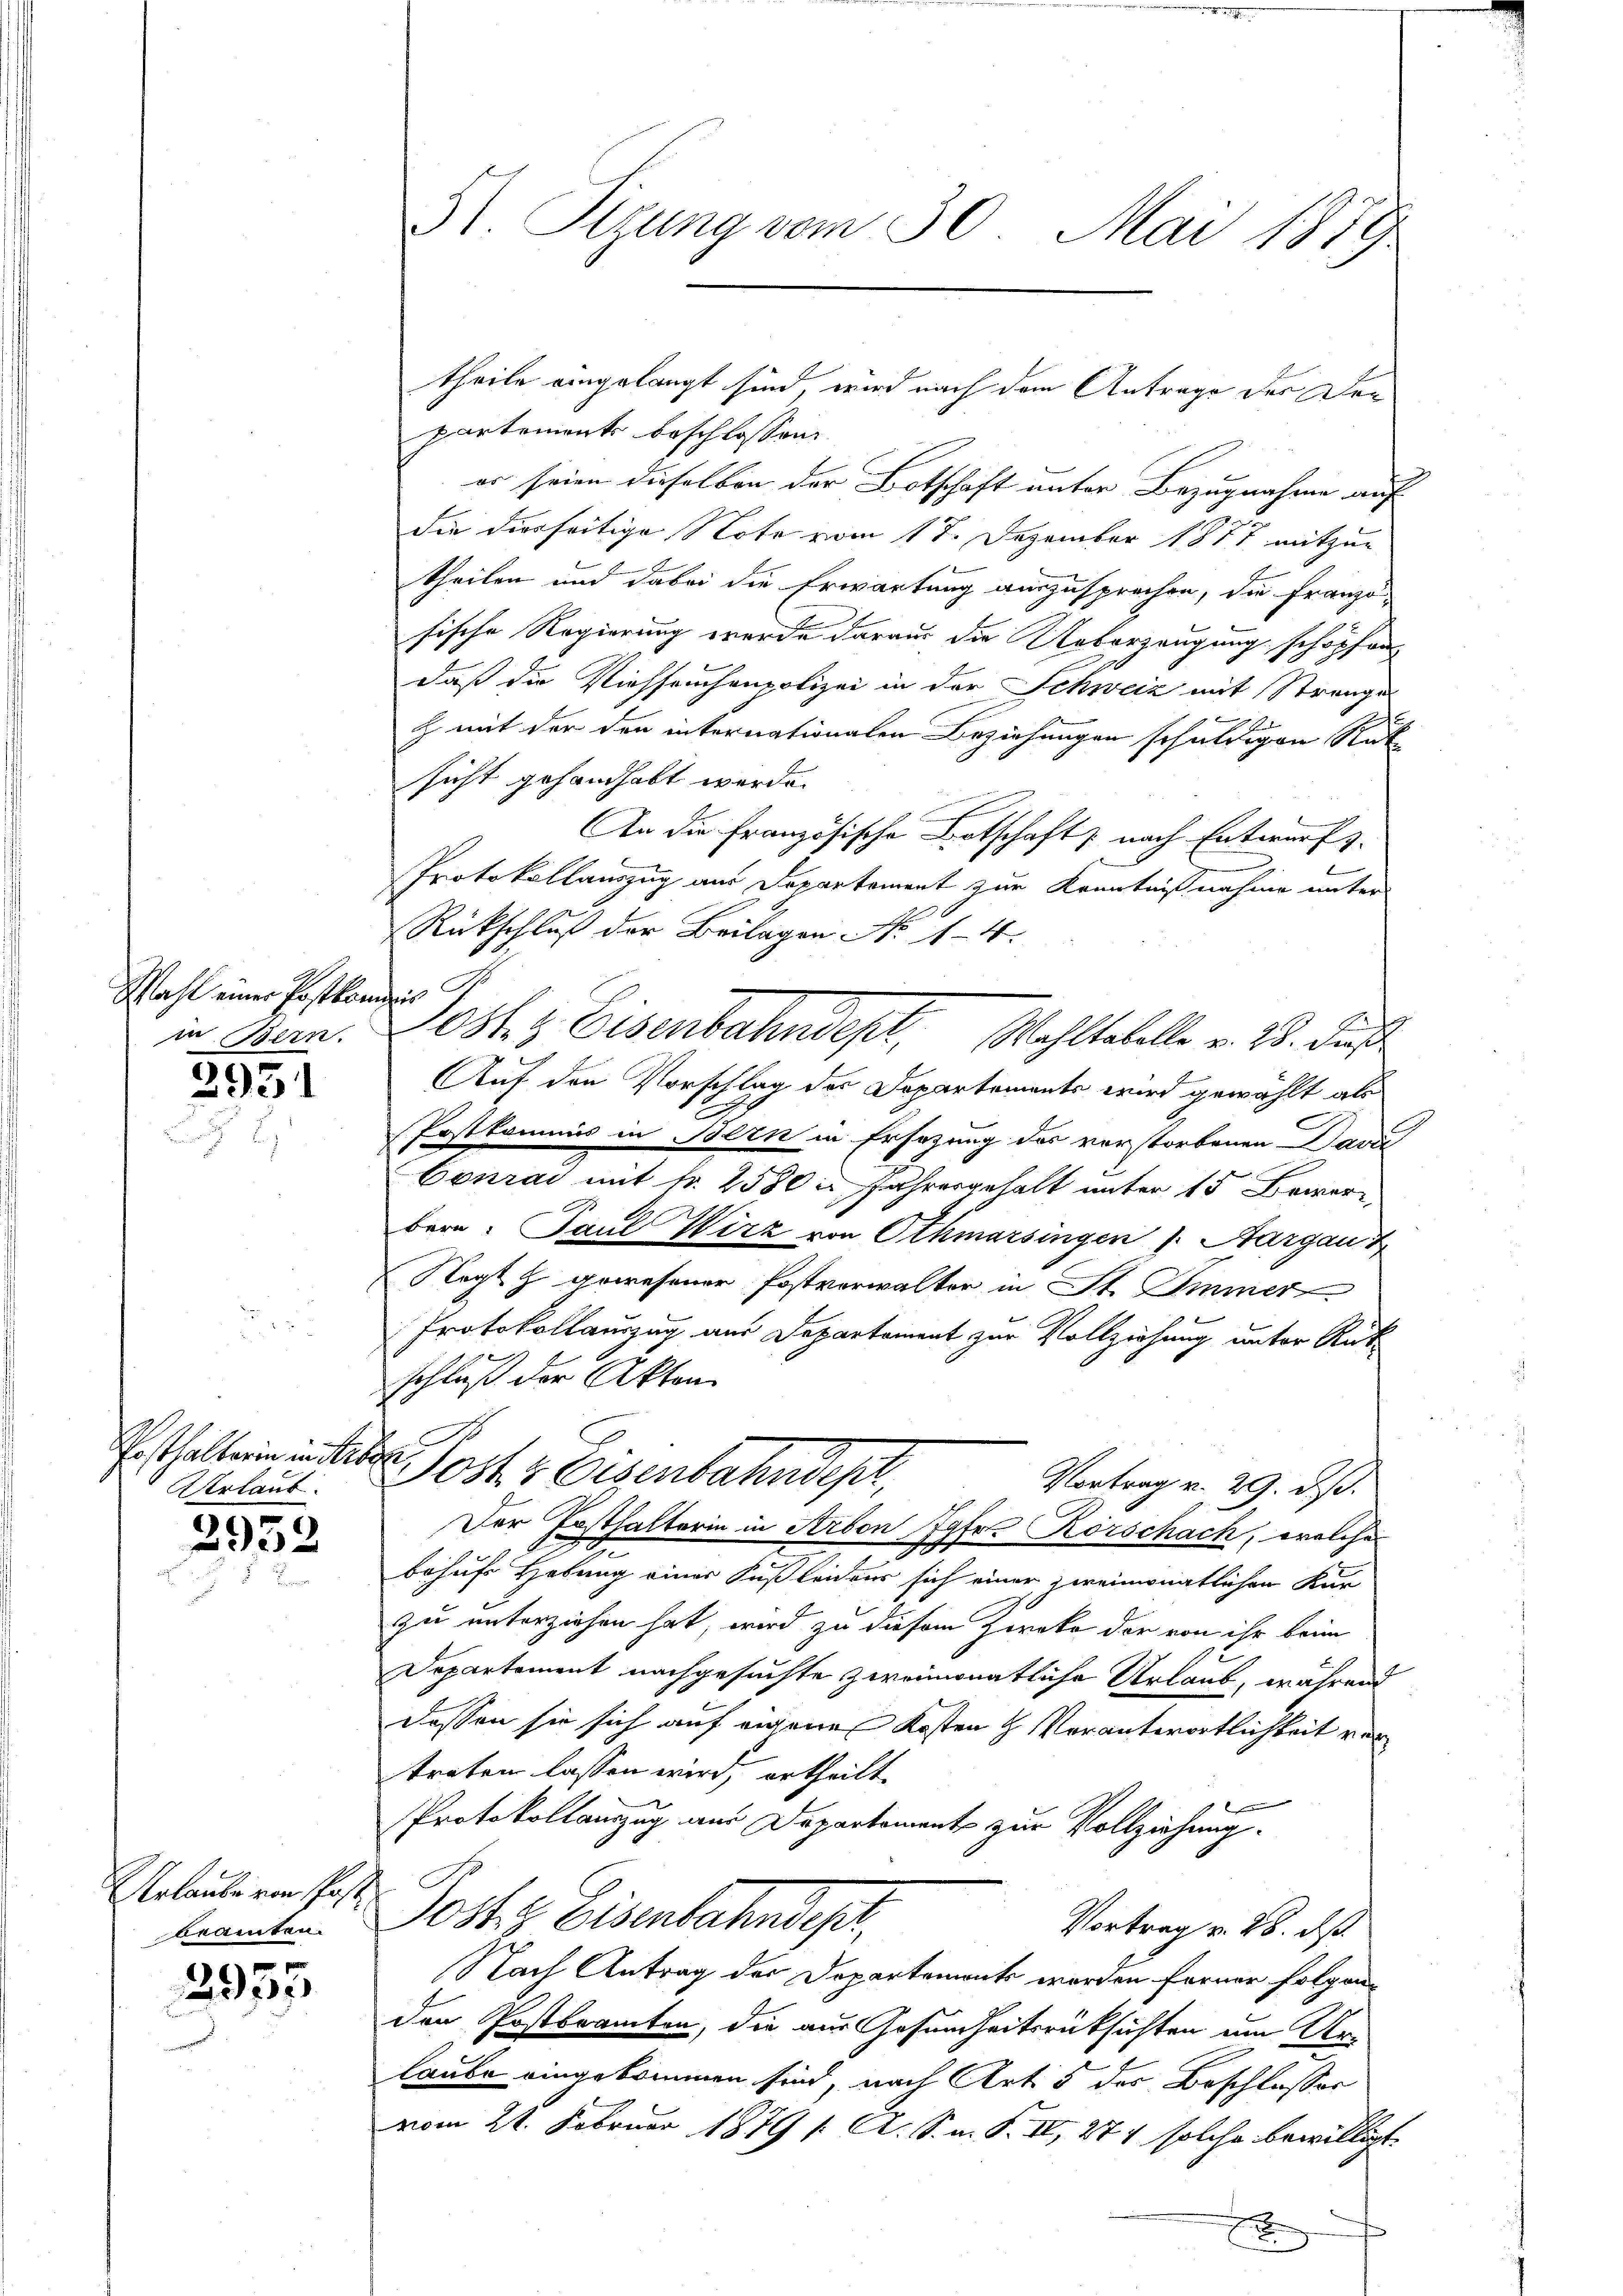
Wahl einer Postkanis
in Bern.

2951

Posthalterin in tre
Urlaut.

2952.

Urlaube von Post
beamten.

2955

St. Sizung vom 30. Mai 1879

partement beschlossen:
er seien dieselben der Botschaft unter Bezugnahme auf
die dierseitige Note vom 17. Dezember 1877 mitzun
theilen und dabei die Erwartung auszusprechen, die Französische Regierung wurde daraus die Ueberzeugung schöpfen
daß die Viehseuchenpolizei in der Schweiz mit Strange
h mit der den internationalen Beziehungen schuldigen Rük
sicht gehandhabt werde.
An die Französische Botschaft nach Entwurf z
f
Protokollauszug aus Departement zur Kenntnißnahme unter
Rückschluß der Beilagen No 1-4.
0st. & Eisenbahndept. Wohltabelle v. 25. Jun
Auf den Vorschlag des Departements wird gewählt als
Postkommis in Bern in Ersezung des verstorbenen Davi
Conrad mit fr. 2500 in Jahresgehalt unter 15 Bewer
bern. Paul Wirz von Othmarsingen s. Aargau Z
Negtz gewesener Postverwalter in St. Immer
Protokollauszug aus Departement zur Vollziehung unter Rüt
schluß der Akten
.
Jostr Eisenbahndept,
Vortrag v. 29. ds.
Der Posthalterin in Arbon Jgfr. Körschach, welche
.
behufs Hebung einer Fuß leidens sich einer zweimonatlichen Kur
zu unterziehen hat, wird zu diesem Zwecke der von ihr beim
Departement nachgesuchte zweimonatliche Urlaub, während
dessen sie sich auf eigene Kosten H. Verantwortlichkeit vertreten lassen wird, ertheilt.
Protokollauszug aus Departement zur Vollziehung.
Josts Eisenbahndept,
Vortrag v. 28. ds.
Nach Antrag der Departements worden ferner folgenden Postbeamten, die aus Gesundheitsrücksichten um Urlaube eingekommen sind, nach Art. 5 des Beschlusses
vom 21. Februar 1879 / A. S. m. S. II, 271 solche bewilligt.
7

theile eingelangt sind, wird nach dem Antrage des Dor